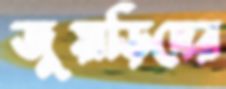
জুয়াড়িদের